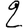
Digit: 2